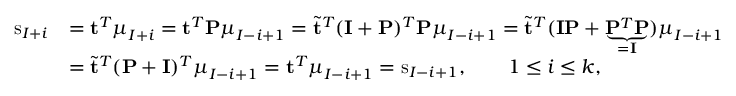
\begin{array} { r l } { \mathrm { s } _ { I + i } } & { = \mathbf { t } ^ { T } \boldsymbol { \mu } _ { I + i } = \mathbf { t } ^ { T } \mathbf { P } \boldsymbol { \mu } _ { I - i + 1 } = \tilde { \mathbf { t } } ^ { T } ( \mathbf { I } + \mathbf { P } ) ^ { T } \mathbf { P } \boldsymbol { \mu } _ { I - i + 1 } = \tilde { \mathbf { t } } ^ { T } ( \mathbf { I } \mathbf { P } + \underbrace { \mathbf { P } ^ { T } \mathbf { P } } _ { = \mathbf { I } } ) \boldsymbol { \mu } _ { I - i + 1 } } \\ & { = \tilde { \mathbf { t } } ^ { T } ( \mathbf { P } + \mathbf { I } ) ^ { T } \boldsymbol { \mu } _ { I - i + 1 } = \mathbf { t } ^ { T } \boldsymbol { \mu } _ { I - i + 1 } = \mathrm { s } _ { I - i + 1 } , \qquad 1 \leq i \leq k , } \end{array}